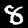
Digit: 8